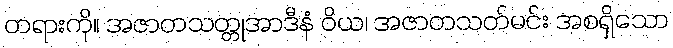
တရားကို။ အဇာတသတ္တုအာဒီနံ ဝိယ၊ အဇာတသတ်မင်း အစရှိသော